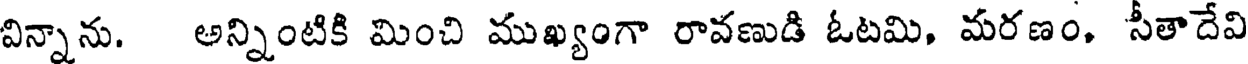
విన్నాను. అన్నింటికి మించి ముఖ్యంగా రావణుడి ఓటమి, మరణం. సీతాదేవి